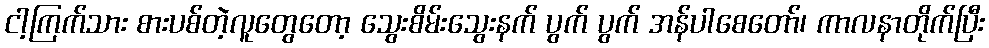
ငါ့ကြက်သား စားပစ်တဲ့လူတွေတော့ သွေးစိမ်းသွေးနက် ပွက် ပွက် အန်ပါစေတော်၊ ကာလနာတိုက်ပြီး